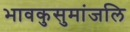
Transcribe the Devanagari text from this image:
भावकुसुमांजलि